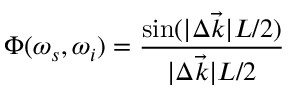
\Phi ( \omega _ { s } , \omega _ { i } ) = \frac { \sin ( | \Delta \vec { k } | L / 2 ) } { | \Delta \vec { k } | L / 2 }